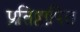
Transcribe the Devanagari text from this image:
प्रतिष्ठापित